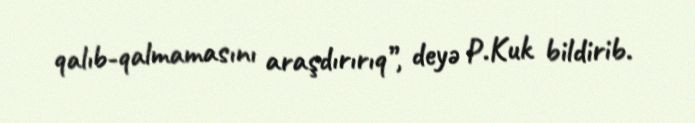
qalıb-qalmamasını araşdırırıq”, deyə P.Kuk bildirib.